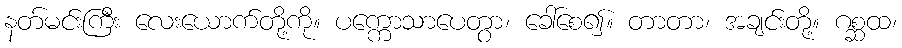
နတ်မင်းကြီး လေးယောက်တို့ကို။ ပက္ကောသာပေတွာ၊ ခေါ်စေ၍။ တာတာ၊ အချင်းတို့။ ဂစ္ဆထ၊